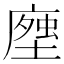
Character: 𧍽